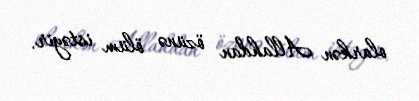
olarkən Allahdan özünə ölüm istəyir.